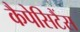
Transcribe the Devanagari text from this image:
कैपेसिटैंस